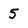
Character: 5